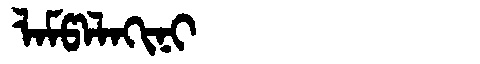
Manchu: ᠯᠠᠮᡦᠠᠯᠠᡴᡳᠨᡳ
Romanization: LAMPALAKINI